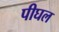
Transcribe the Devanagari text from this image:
पीघल